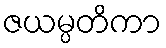
ဇယမ္ပတိကာ